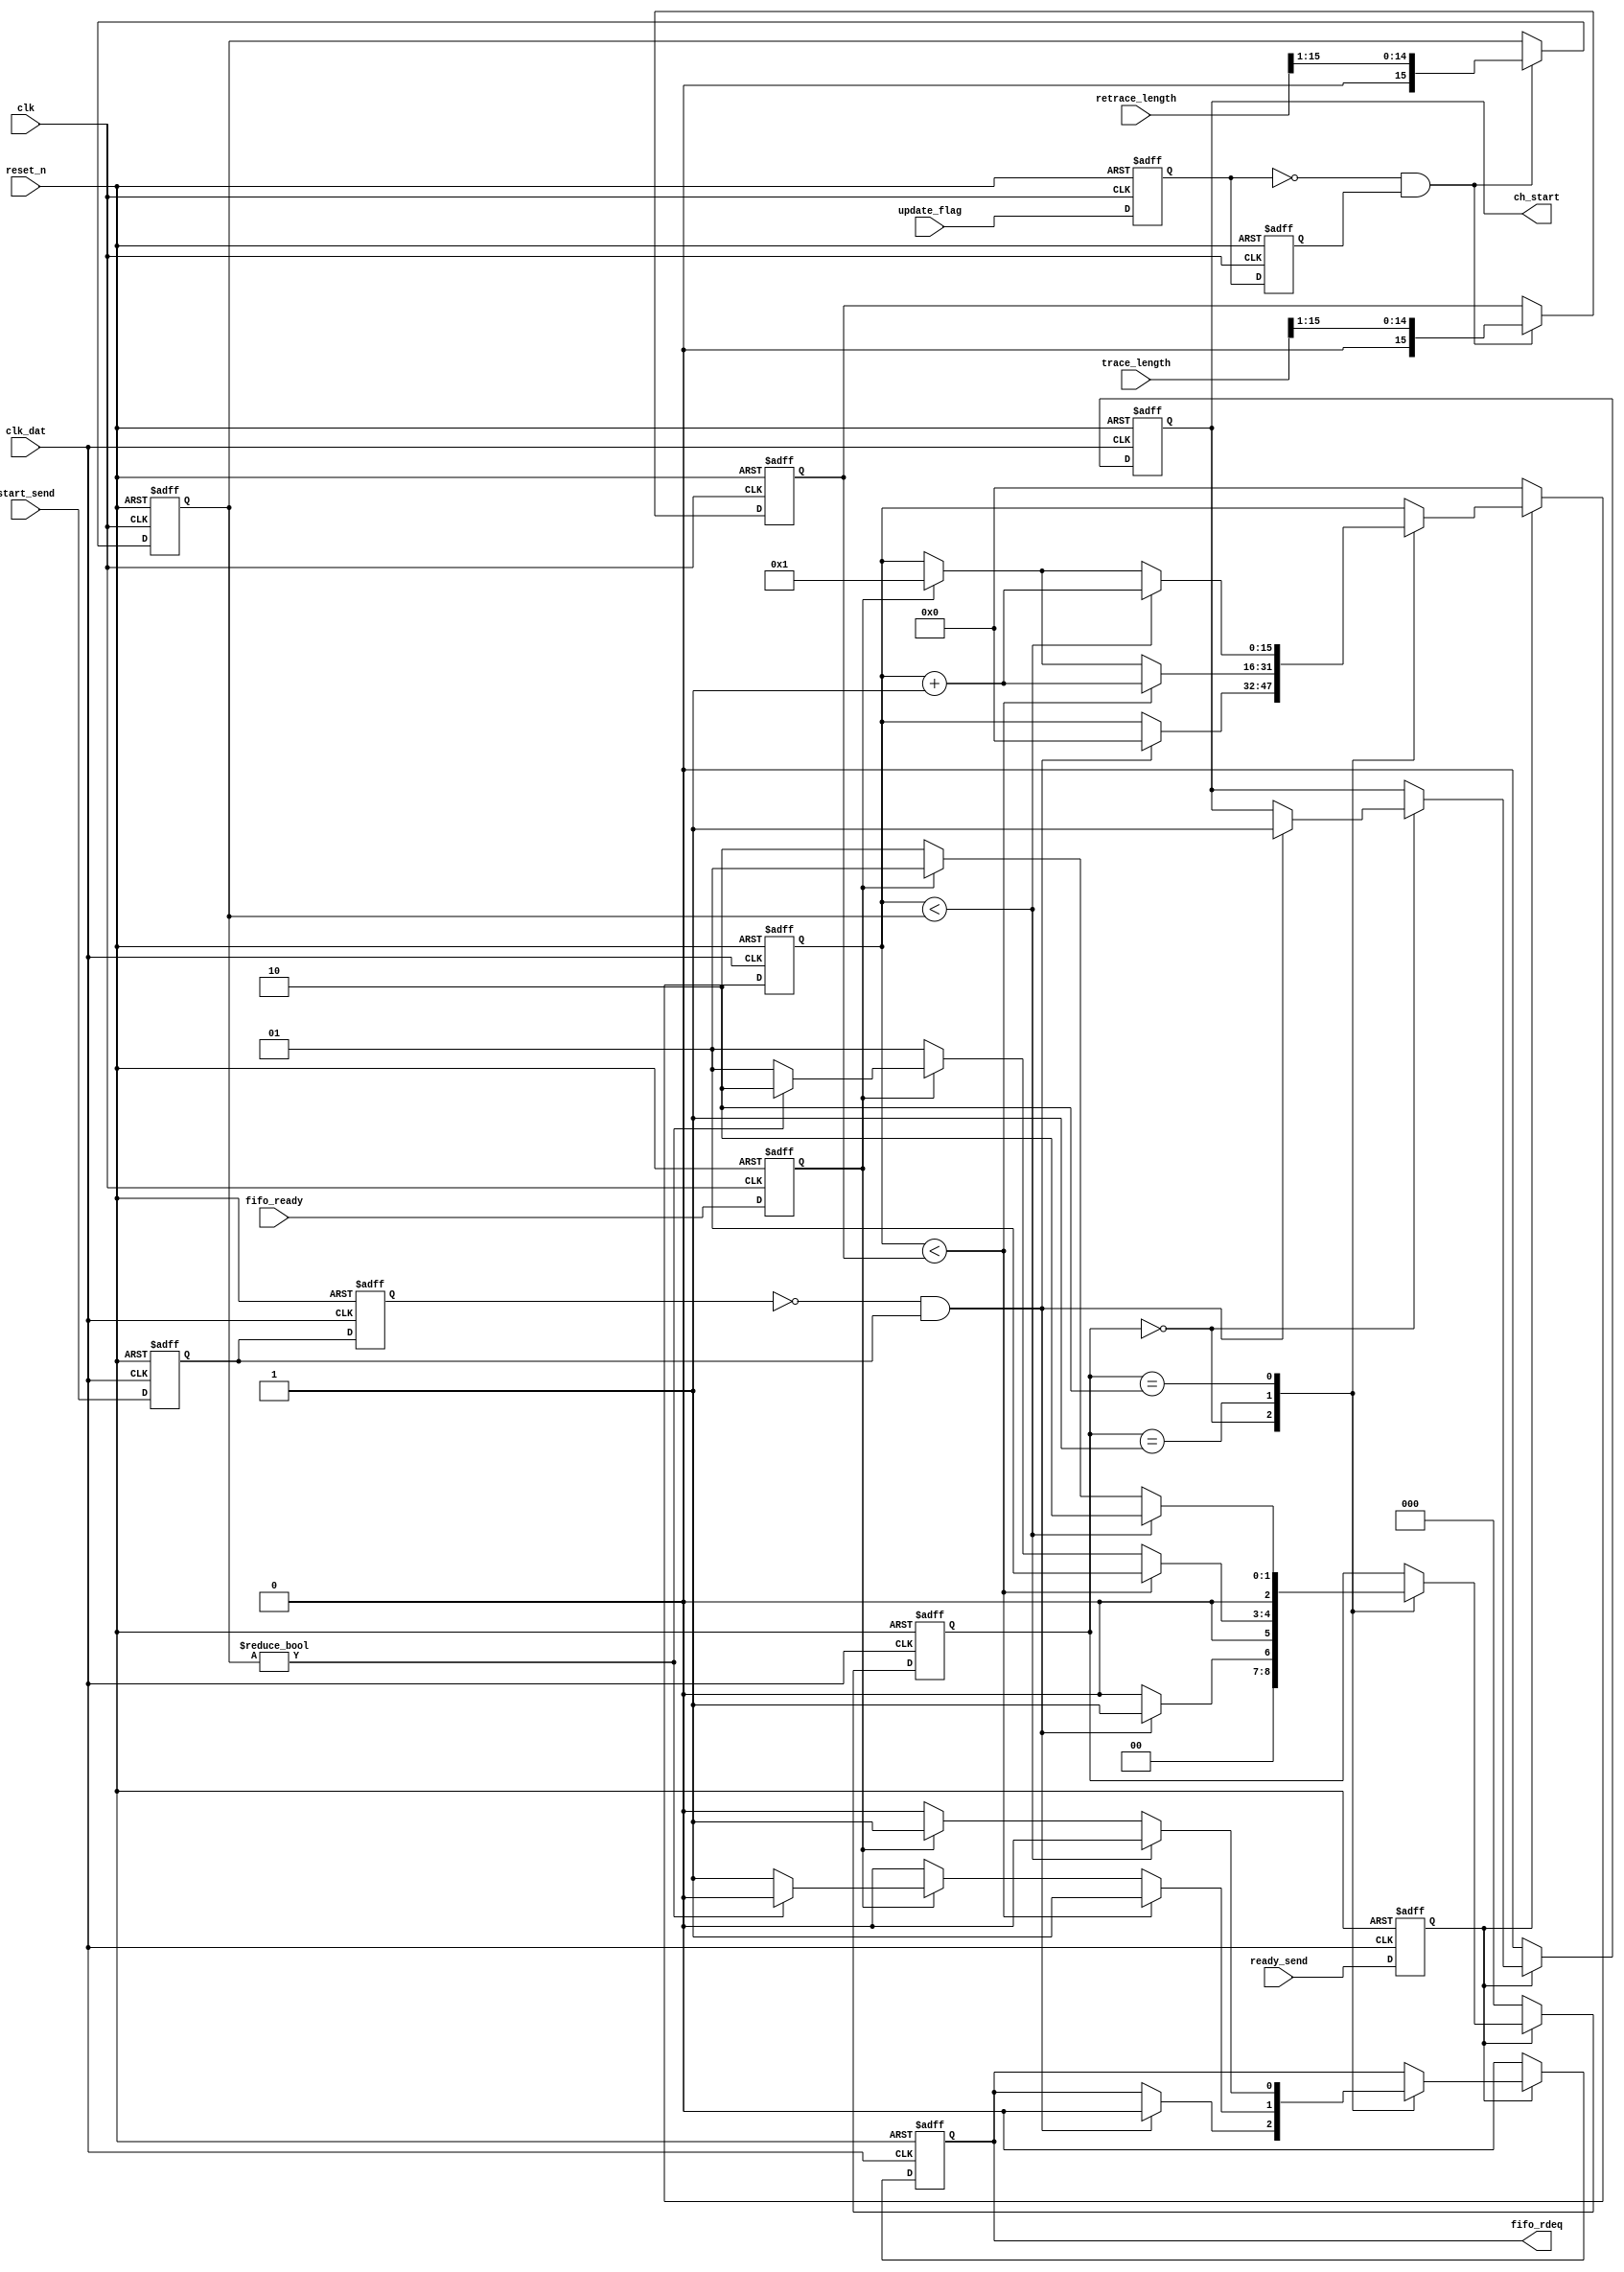
module FrameOutputCon(
						input clk,
						input reset_n,
						
						input update_flag,
						
						input [15 : 0] trace_length,
						input [15 : 0] retrace_length,
												
						input clk_dat,
						input ready_send,
						input start_send,
						
						input fifo_ready,
						
						output reg fifo_rdeq,
						output reg ch_start
						
						
						);
						
	reg  flag_reg0;
	reg  flag_reg1;
	reg  fifo_ready_reg;
	
	always @ (posedge clk or negedge reset_n)
	begin
		if (!reset_n)
		begin
			flag_reg0 <= 1'b0;
			flag_reg1 <= 1'b0;
			fifo_ready_reg <= 1'b0;
		end
		else
		begin
			flag_reg0 <= update_flag;
			flag_reg1 <= flag_reg0;
			fifo_ready_reg <= fifo_ready;
		end
	end 
	
	reg [15 : 0] trace_length_reg;
	reg [15 : 0] retrace_length_reg;
	
	always @ (posedge clk or negedge reset_n)
	begin
		if (!reset_n)
		begin
			trace_length_reg <= 16'd0;
			retrace_length_reg <= 16'd0;
		end
		else if(!flag_reg0&flag_reg1)
		begin
			trace_length_reg <= {1'b0,trace_length[15:1]};
			retrace_length_reg <= {1'b0,retrace_length[15:1]};
		end
	end 
	
	reg  ready_send_reg;
	reg  start_send_reg0;
	reg  start_send_reg1;
	
	always @ (posedge clk_dat or negedge reset_n)
	begin
		if (!reset_n)
		begin
			ready_send_reg <= 1'b0;
			start_send_reg0 <= 1'b0;
			start_send_reg1 <= 1'b0;
			//fifo_ready_reg <= 1'b0;
		end
		else
		begin
			ready_send_reg <= ready_send;
			start_send_reg0 <= start_send;
			start_send_reg1 <= start_send_reg0;
			//fifo_ready_reg <= fifo_ready;
		end
	end 
	
	reg [15 : 0] cnt;
	reg [2:0] state;
	
	parameter start = 3'd0;
	parameter trace = 3'd1;
	parameter retrace = 3'd2;
	
	always @ (posedge clk_dat or negedge reset_n)
	begin
		if (!reset_n)
		begin
			cnt <= 16'd0;
			state <= start;
			fifo_rdeq <= 1'b0;
			ch_start <= 1'b0;
		end
		else if(!ready_send_reg)
		begin
			cnt <= 16'd0;
			state <= start;
			fifo_rdeq <= 1'b0;
			ch_start <= 1'b0;
		end
		else
		begin
			case (state)
				start :
				begin
					if((!start_send_reg1)&&(start_send_reg0))
					begin
						cnt <= 16'd0;
						state <= trace;
						fifo_rdeq <= 1'b0;
						ch_start <= 1'b1;
					end
					else
						state <= start;
				end
				trace :
				begin
					if(cnt < trace_length_reg)
					begin
						cnt <= cnt + 1'b1;
						state <= trace;
						fifo_rdeq <= 1'b1;
					end
					else if (!fifo_ready_reg)
					begin
						//cnt <= 16'd1;
						state <= trace;
						fifo_rdeq <= 1'b0;
					end
					else if(retrace_length_reg!=16'd0)
					begin
						cnt <= 16'd1;
						state <= retrace;
						fifo_rdeq <= 1'b0;
					end
					else 
					begin
						cnt <= 16'd1;
						state <= trace;
						fifo_rdeq <= 1'b1;
					end
					//else;
				end
				retrace :
				begin
					if(cnt < retrace_length_reg)
					begin
						cnt <= cnt + 1'b1;
						state <= retrace;
						fifo_rdeq <= 1'b0;
					end
					else  if (fifo_ready_reg)
					begin
						cnt <= 16'd1;
						state <= trace;
						fifo_rdeq <= 1'b1;
					end
					else
					begin
						//cnt <= cnt + 1'b1;
						state <= retrace;
						fifo_rdeq <= 1'b0;
					end
				end
				default:;
			endcase
		end
	end 
endmodule